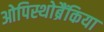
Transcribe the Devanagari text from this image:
ओपिस्थोब्रैंकिया